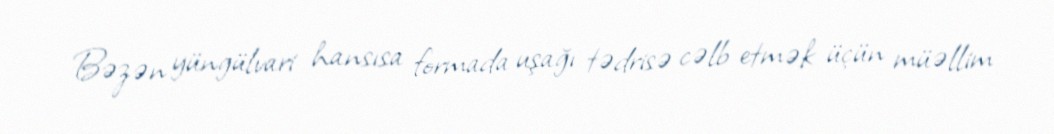
Bəzən yüngülvari hansısa formada uşağı tədrisə cəlb etmək üçün müəllim